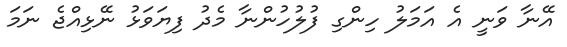
އޭނާ ވަނީ އެ އަމަލު ހިންގި ފުލުހުންނާ މެދު ފިޔަވަޅު ނޭޅިއްޖެ ނަމަ